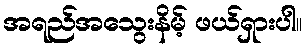
အရည်အသွေးနိမ့် ဖယ်ရှားပါ။